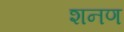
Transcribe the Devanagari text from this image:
शनण